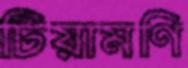
টিয়ামণি